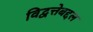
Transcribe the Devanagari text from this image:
विद्वत्तेबद्दल